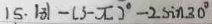
1 5 . 1 3 1 - ( 3 - x ) ^ { \circ } - 2 \sin 3 0 ^ { \circ }